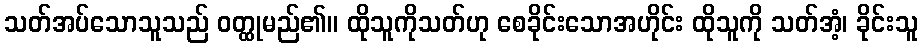
သတ်အပ်သောသူသည် ဝတ္ထုမည်၏။ ထိုသူကိုသတ်ဟု စေခိုင်းသောအဟိုင်း ထိုသူကို သတ်အံ့၊ ခိုင်းသူ